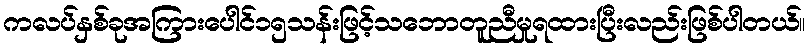
ကလပ်နှစ်ခုအကြားပေါင်၁၅သန်းဖြင့်သဘောတူညီမှုရထားပြီးလည်းဖြစ်ပါတယ်။